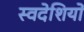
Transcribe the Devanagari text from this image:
स्वदेशियों